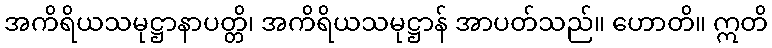
အကိရိယသမုဋ္ဌာနာပတ္တိ၊ အကိရိယသမုဋ္ဌာန် အာပတ်သည်။ ဟောတိ။ ဣတိ